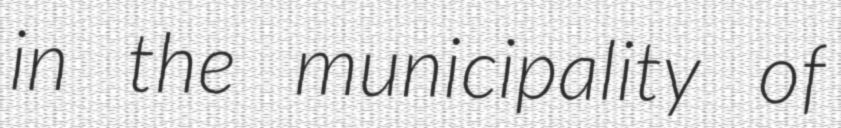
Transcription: in the municipality of